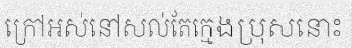
ក្រៅអស់នៅសល់តែក្មេងប្រុសនោះ